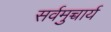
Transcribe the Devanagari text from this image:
सर्वमुच्चार्य